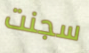
سجنت